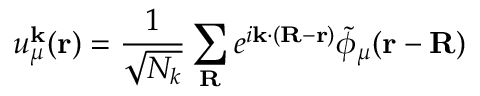
u _ { \mu } ^ { \mathbf { k } } ( \mathbf { r } ) = \frac { 1 } { \sqrt { N _ { k } } } \sum _ { \mathbf { R } } e ^ { i \mathbf { k } \cdot ( \mathbf { R } - \mathbf { r } ) } \tilde { \phi } _ { \mu } ( \mathbf { r } - \mathbf { R } )